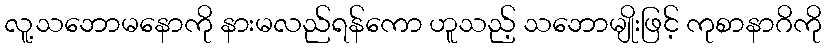
လူ့သဘောမနောကို နားမလည်ရန်ကော ဟူသည့် သဘောမျိုးဖြင့် ကုစာနာဂိကို